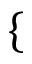
\left\{ \begin{array} { r l } \end{array} \right.